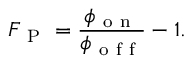
F _ { \mathrm { ~ P ~ } } = \frac { \phi _ { \mathrm { ~ o ~ n ~ } } } { \phi _ { \mathrm { ~ o ~ f ~ f ~ } } } - 1 .